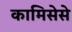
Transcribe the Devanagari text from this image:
कामिसेसे